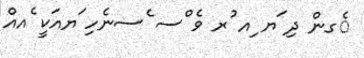
ެގން ދި ަޔ ިއ ުރ ވެ ްސ ެސނެހި ަޔއަކީ ެއއް